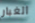
الغبار